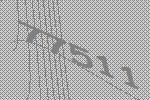
77511